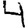
Digit: 4